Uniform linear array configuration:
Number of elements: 48
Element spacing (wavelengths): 0.5
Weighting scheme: exponential
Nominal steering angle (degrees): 15
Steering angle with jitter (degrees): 16.436
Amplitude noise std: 0.05
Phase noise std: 0.05

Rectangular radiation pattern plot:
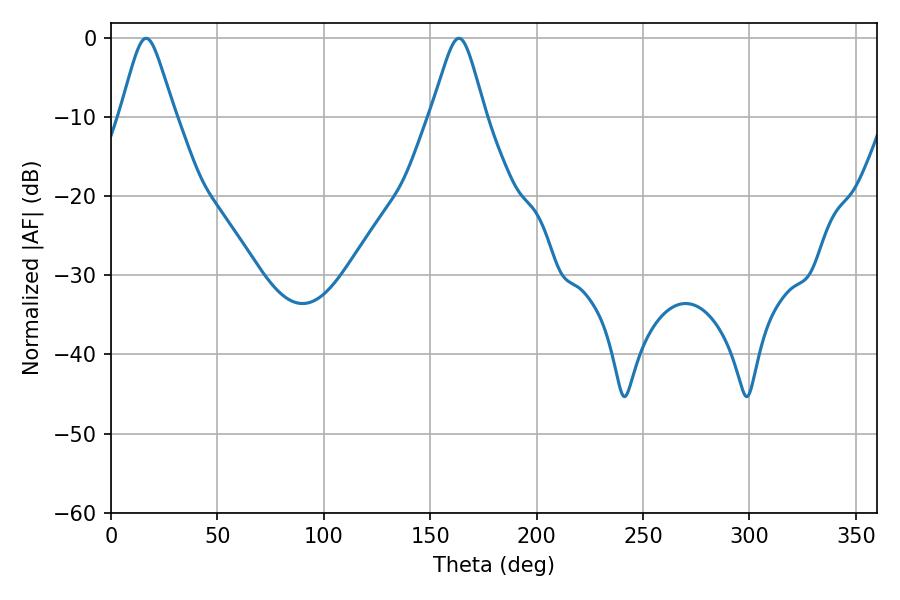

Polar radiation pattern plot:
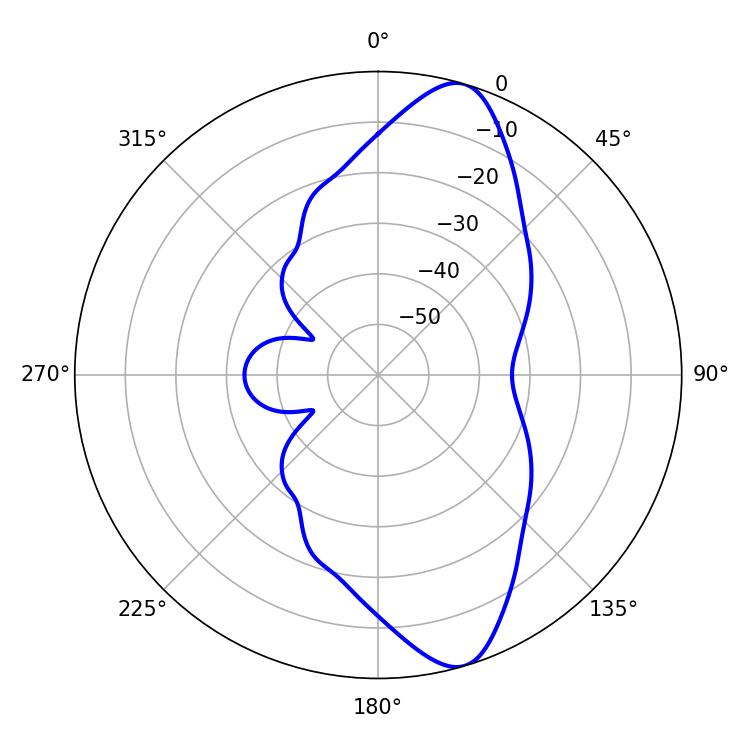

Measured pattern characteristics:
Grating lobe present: FALSE
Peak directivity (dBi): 11.191
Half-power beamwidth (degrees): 12.06
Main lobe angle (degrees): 16.56